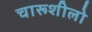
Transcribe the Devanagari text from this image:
चारूशीलो